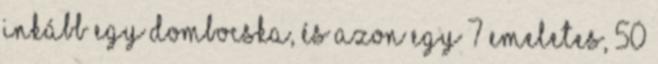
inkább egy dombocska, és azon egy 7 emeletes, 50